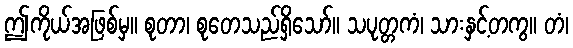
ဤကိုယ်အဖြစ်မှ။ စုတာ၊ စုတေသည်ရှိသော်။ သပုတ္တကံ၊ သားနှင့်တကွ။ တံ၊